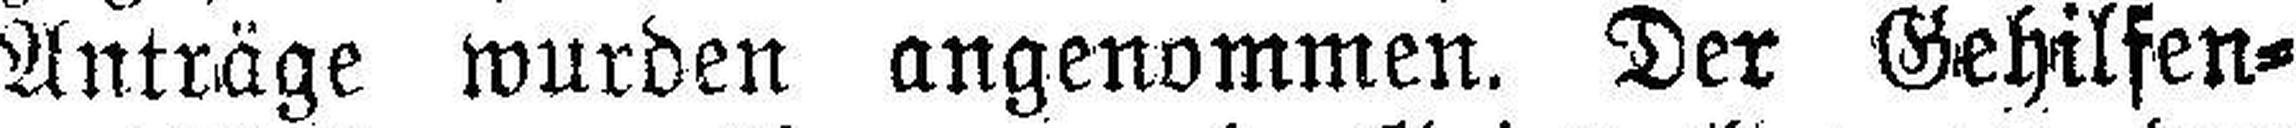
Anträge wurden angenommen. Der Gehilfen¬